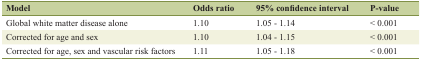
| Model | Odds ratio | 95% confidence interval | P-value |
 | --- | --- | --- | --- |
 | Global white matter disease alone | 1.10 | 1.05 - 1.14 | < 0.001 |
 | Corrected for age and sex | 1.10 | 1.04 - 1.15 | < 0.001 |
 | Corrected for age, sex and vascular risk factors | 1.11 | 1.05 - 1.18 | < 0.001 |